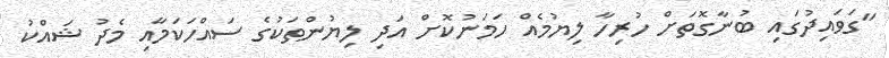
"ގަވައިދުގައި ބުނާގޮތަށް ހުރިހާ ލިޔުމެއް ހަމަނުކޮށް އަދި ލިޔުންތަކުގެ ސައްހަކަމާއި މެދު ޝައްކު